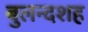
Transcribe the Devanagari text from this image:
बुलन्दशह